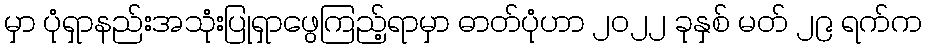
မှာ ပုံရှာနည်းအသုံးပြုရှာဖွေကြည့်ရာမှာ ဓာတ်ပုံဟာ ၂၀၂၂ ခုနှစ် မတ် ၂၉ ရက်က